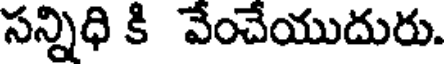
సన్నిధి కి వేంచేయుదురు.